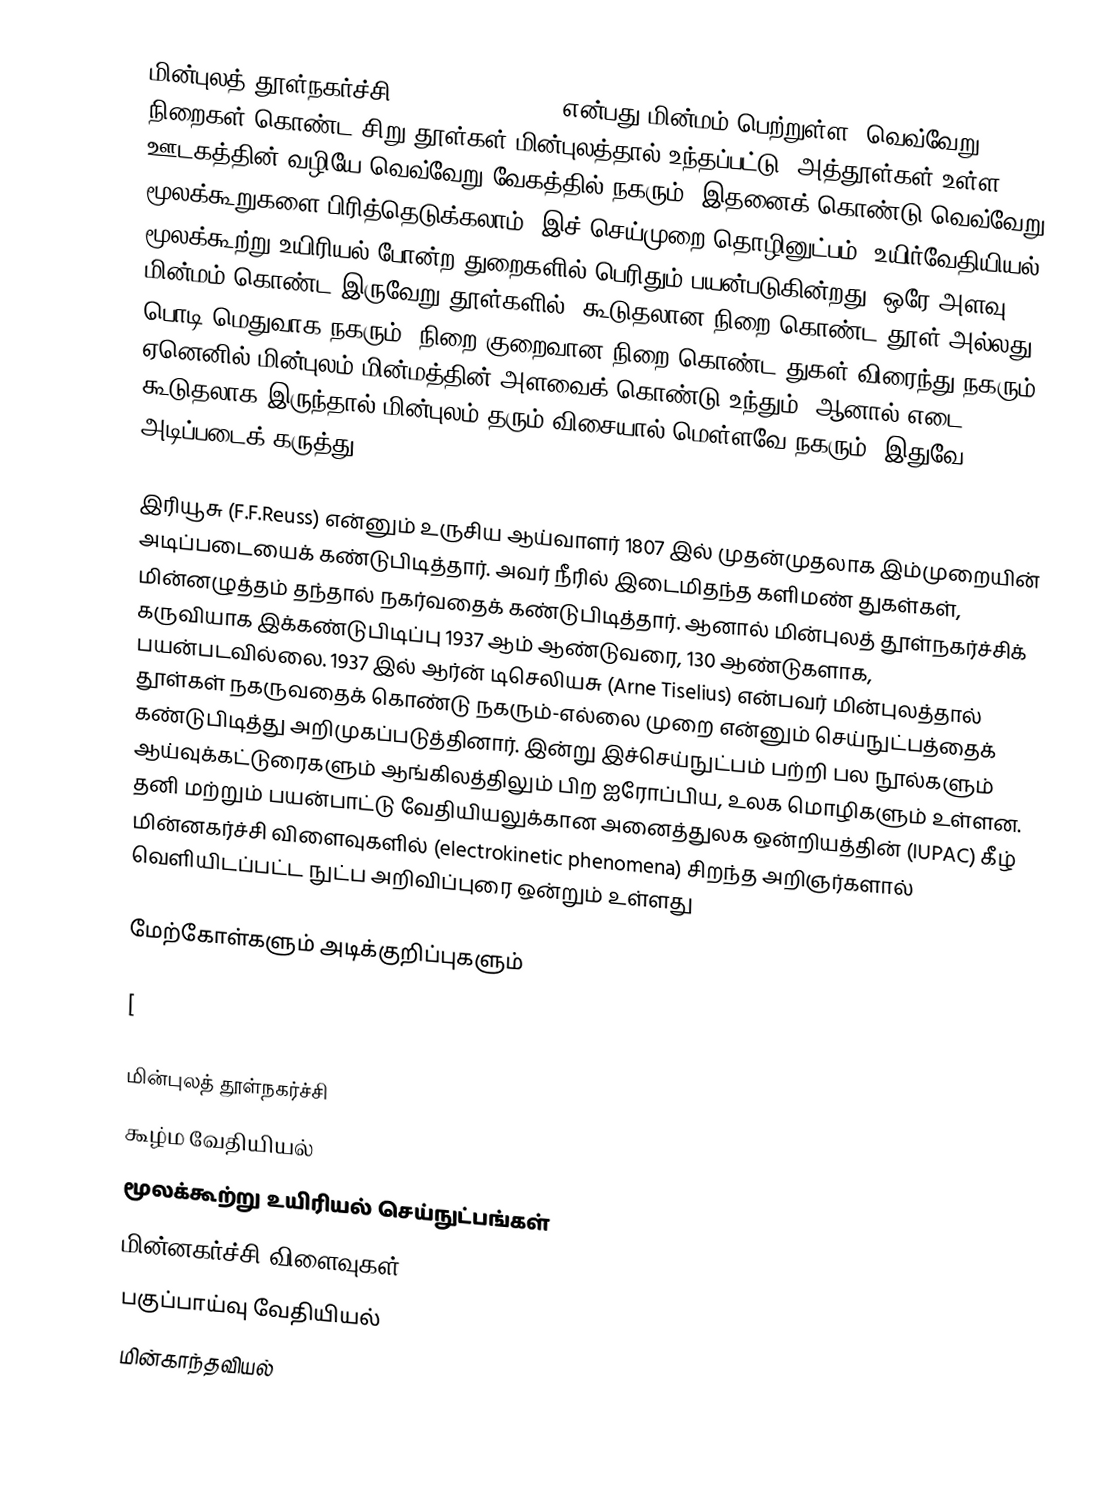
மின்புலத் தூள்நகர்ச்சி (Electrophoresis) என்பது மின்மம் பெற்றுள்ள, வெவ்வேறு நிறைகள் கொண்ட சிறு தூள்கள் மின்புலத்தால் உந்தப்பட்டு, அத்தூள்கள் உள்ள ஊடகத்தின் வழியே வெவ்வேறு வேகத்தில் நகரும். இதனைக் கொண்டு வெவ்வேறு மூலக்கூறுகளை பிரித்தெடுக்கலாம். இச் செய்முறை தொழினுட்பம், உயிர்வேதியியல், மூலக்கூற்று உயிரியல் போன்ற துறைகளில் பெரிதும் பயன்படுகின்றது. ஒரே அளவு மின்மம் கொண்ட இருவேறு தூள்களில், கூடுதலான நிறை கொண்ட தூள் அல்லது பொடி மெதுவாக நகரும், நிறை குறைவான நிறை கொண்ட துகள் விரைந்து நகரும். ஏனெனில் மின்புலம் மின்மத்தின் அளவைக் கொண்டு உந்தும், ஆனால் எடை கூடுதலாக இருந்தால் மின்புலம் தரும் விசையால் மெள்ளவே நகரும். இதுவே அடிப்படைக் கருத்து.

இரியூசு (F.F.Reuss) என்னும் உருசிய ஆய்வாளர் 1807 இல் முதன்முதலாக இம்முறையின் அடிப்படையைக் கண்டுபிடித்தார். அவர் நீரில் இடைமிதந்த களிமண் துகள்கள், மின்னழுத்தம் தந்தால் நகர்வதைக் கண்டுபிடித்தார். ஆனால் மின்புலத் தூள்நகர்ச்சிக் கருவியாக இக்கண்டுபிடிப்பு 1937 ஆம் ஆண்டுவரை, 130 ஆண்டுகளாக, பயன்படவில்லை. 1937 இல் ஆர்ன் டிசெலியசு (Arne Tiselius) என்பவர் மின்புலத்தால் தூள்கள் நகருவதைக் கொண்டு நகரும்-எல்லை முறை என்னும் செய்நுட்பத்தைக் கண்டுபிடித்து அறிமுகப்படுத்தினார். இன்று இச்செய்நுட்பம் பற்றி பல நூல்களும் ஆய்வுக்கட்டுரைகளும் ஆங்கிலத்திலும் பிற ஐரோப்பிய, உலக மொழிகளும் உள்ளன. தனி மற்றும் பயன்பாட்டு வேதியியலுக்கான அனைத்துலக ஒன்றியத்தின் (IUPAC) கீழ் மின்னகர்ச்சி விளைவுகளில் (electrokinetic phenomena) சிறந்த அறிஞர்களால் வெளியிடப்பட்ட நுட்ப அறிவிப்புரை ஒன்றும் உள்ளது

மேற்கோள்களும் அடிக்குறிப்புகளும்

[

மின்புலத் தூள்நகர்ச்சி
கூழ்ம வேதியியல்
மூலக்கூற்று உயிரியல் செய்நுட்பங்கள்
மின்னகர்ச்சி விளைவுகள்
பகுப்பாய்வு வேதியியல்
மின்காந்தவியல்